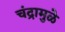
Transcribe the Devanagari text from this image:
चंद्रामुळे